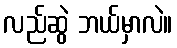
လည်ဆွဲ ဘယ်မှာလဲ။